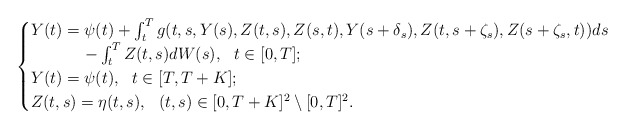
\begin{align*} \begin{cases} Y(t)=\psi(t) + \int_t^T g(t,s,Y(s),Z(t,s),Z(s,t),Y(s+\delta_{s}),Z(t,s+\zeta_{s}),Z(s+\zeta_{s},t)) ds \\ \ \ \ \ \ \ \ \ \ \ - \int_t^T Z(t,s) dW(s), \ \ t\in [0,T]; \\ Y(t)=\psi(t), \ \ t\in [T,T+K];\\Z(t,s)=\eta(t,s), \ \ (t,s)\in [0,T+K]^{2}\setminus [0,T]^{2}. \\ \end{cases}\end{align*}